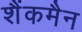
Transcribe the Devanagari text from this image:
शैंकमैन